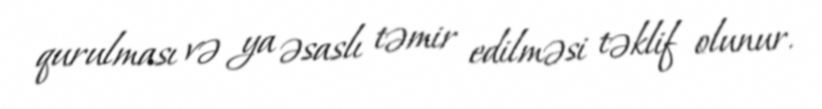
qurulması və ya əsaslı təmir edilməsi təklif olunur.